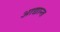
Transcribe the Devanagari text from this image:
आद्यान्त